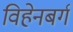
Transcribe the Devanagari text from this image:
विहेनबर्ग